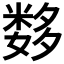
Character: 𰋖